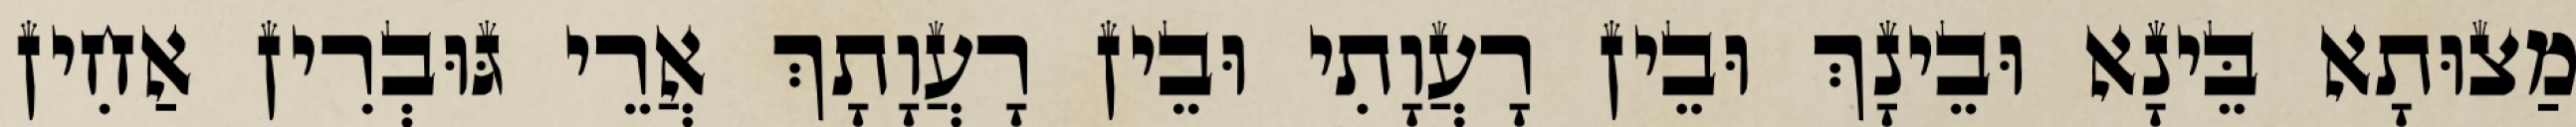
מַצוּתָא בֵּינָא וּבֵינָךְ וּבֵין רָעֲוָתִי וּבֵין רָעֲוָתָךְ אֲרֵי גּוּבְרִין אַחִין